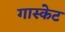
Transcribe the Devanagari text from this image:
गास्केट